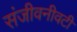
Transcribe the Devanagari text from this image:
संजीवनीवटी